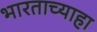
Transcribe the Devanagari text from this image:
भारताच्याहा